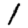
Digit: 1